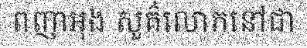
ពញាអុង សួគ៌លោកនៅជា